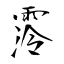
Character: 霗